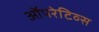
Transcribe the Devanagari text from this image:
ऑपरेटिव्स